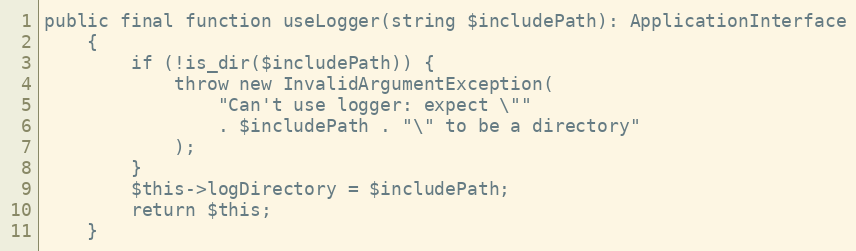
Language: PHP
public final function useLogger(string $includePath): ApplicationInterface
    {
        if (!is_dir($includePath)) {
            throw new InvalidArgumentException(
                "Can't use logger: expect \""
                . $includePath . "\" to be a directory"
            );
        }
        $this->logDirectory = $includePath;
        return $this;
    }